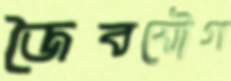
জৈবযৌগ